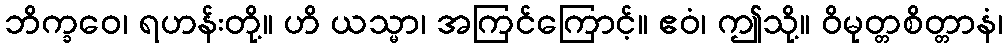
ဘိက္ခဝေ၊ ရဟန်းတို့။ ဟိ ယသ္မာ၊ အကြင်ကြောင့်။ ဧဝံ၊ ဤသို့။ ဝိမုတ္တစိတ္တာနံ၊